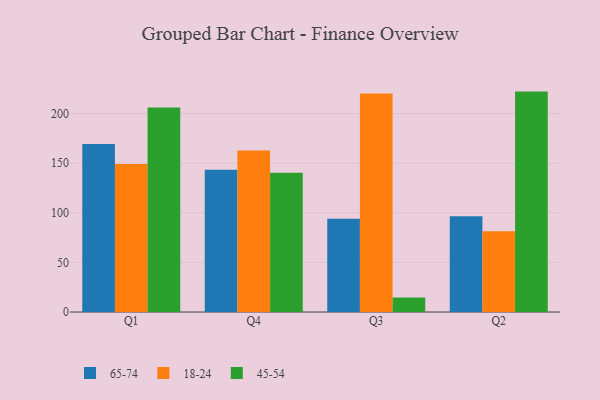
{"axis": {"x": "Quarter", "y": "Temperature (°C)"}, "legend": ["18-24", "45-54", "65-74"], "data": [{"x": "Q1", "y": 169.3, "type": "65-74"}, {"x": "Q1", "y": 149.2, "type": "18-24"}, {"x": "Q1", "y": 206.1, "type": "45-54"}, {"x": "Q4", "y": 143.3, "type": "65-74"}, {"x": "Q4", "y": 162.8, "type": "18-24"}, {"x": "Q4", "y": 140.3, "type": "45-54"}, {"x": "Q3", "y": 94.1, "type": "65-74"}, {"x": "Q3", "y": 220.3, "type": "18-24"}, {"x": "Q3", "y": 14.5, "type": "45-54"}, {"x": "Q2", "y": 96.6, "type": "65-74"}, {"x": "Q2", "y": 81.4, "type": "18-24"}, {"x": "Q2", "y": 222.2, "type": "45-54"}]}